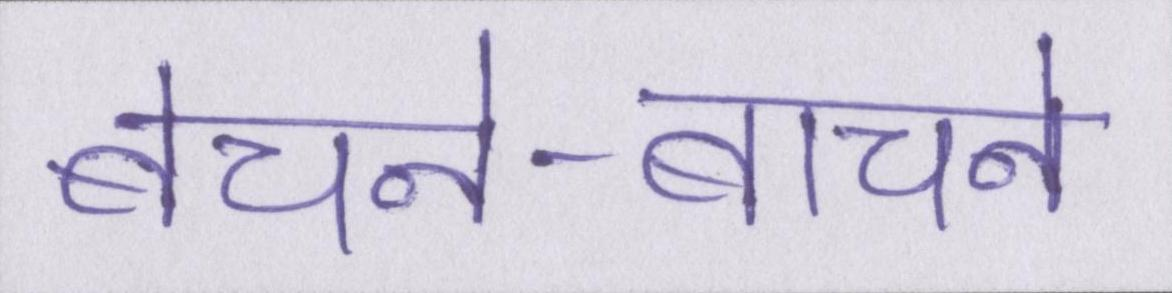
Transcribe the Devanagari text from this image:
बेचने-बाचने